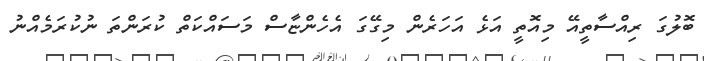
ބޮލުގަ ރިއްސާތީއޭ މިއޮތީ އަޅެ އަހަރެން މިގޭގަ އެހެންޏާސް މަސައްކަތް ކުރަންތަ ނުކުރަމެއްނު